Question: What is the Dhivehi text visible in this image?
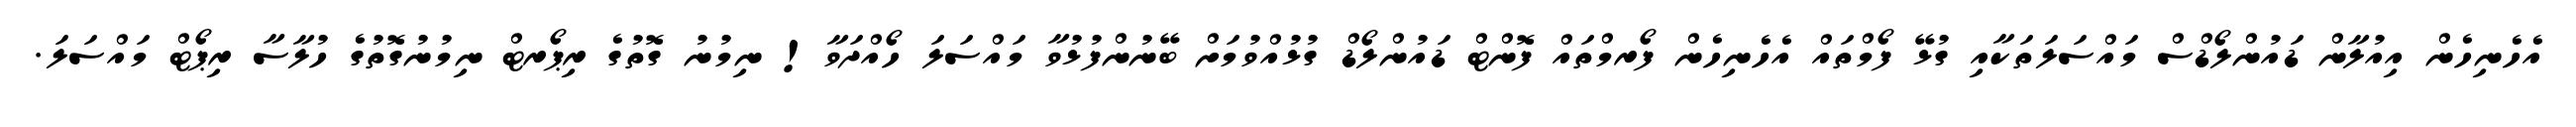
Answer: އެހެނިހެން އިއުލާން ޑައުންލޯޑްސް މައްސަލަތަކާއި ގުޅޭ ފޯމްތައް އެހެނިހެން ފޯރމްތައް ފޮންޓް ޑައުންލޯޑް ގުޅުއްވުމަށް ބޭނުންފުޅުވާ މައްސަލަ ހޯއްދަވާ! ނިމުނު ގޮތުގެ ރިޕޯރޓް ނިމުނުގޮތުގެ ހުލާސާ ރިޕޯޓް މައްސަލަ.